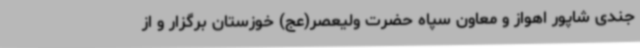
جندی شاپور اهواز و معاون سپاه حضرت ولیعصر(عج) خوزستان برگزار و از